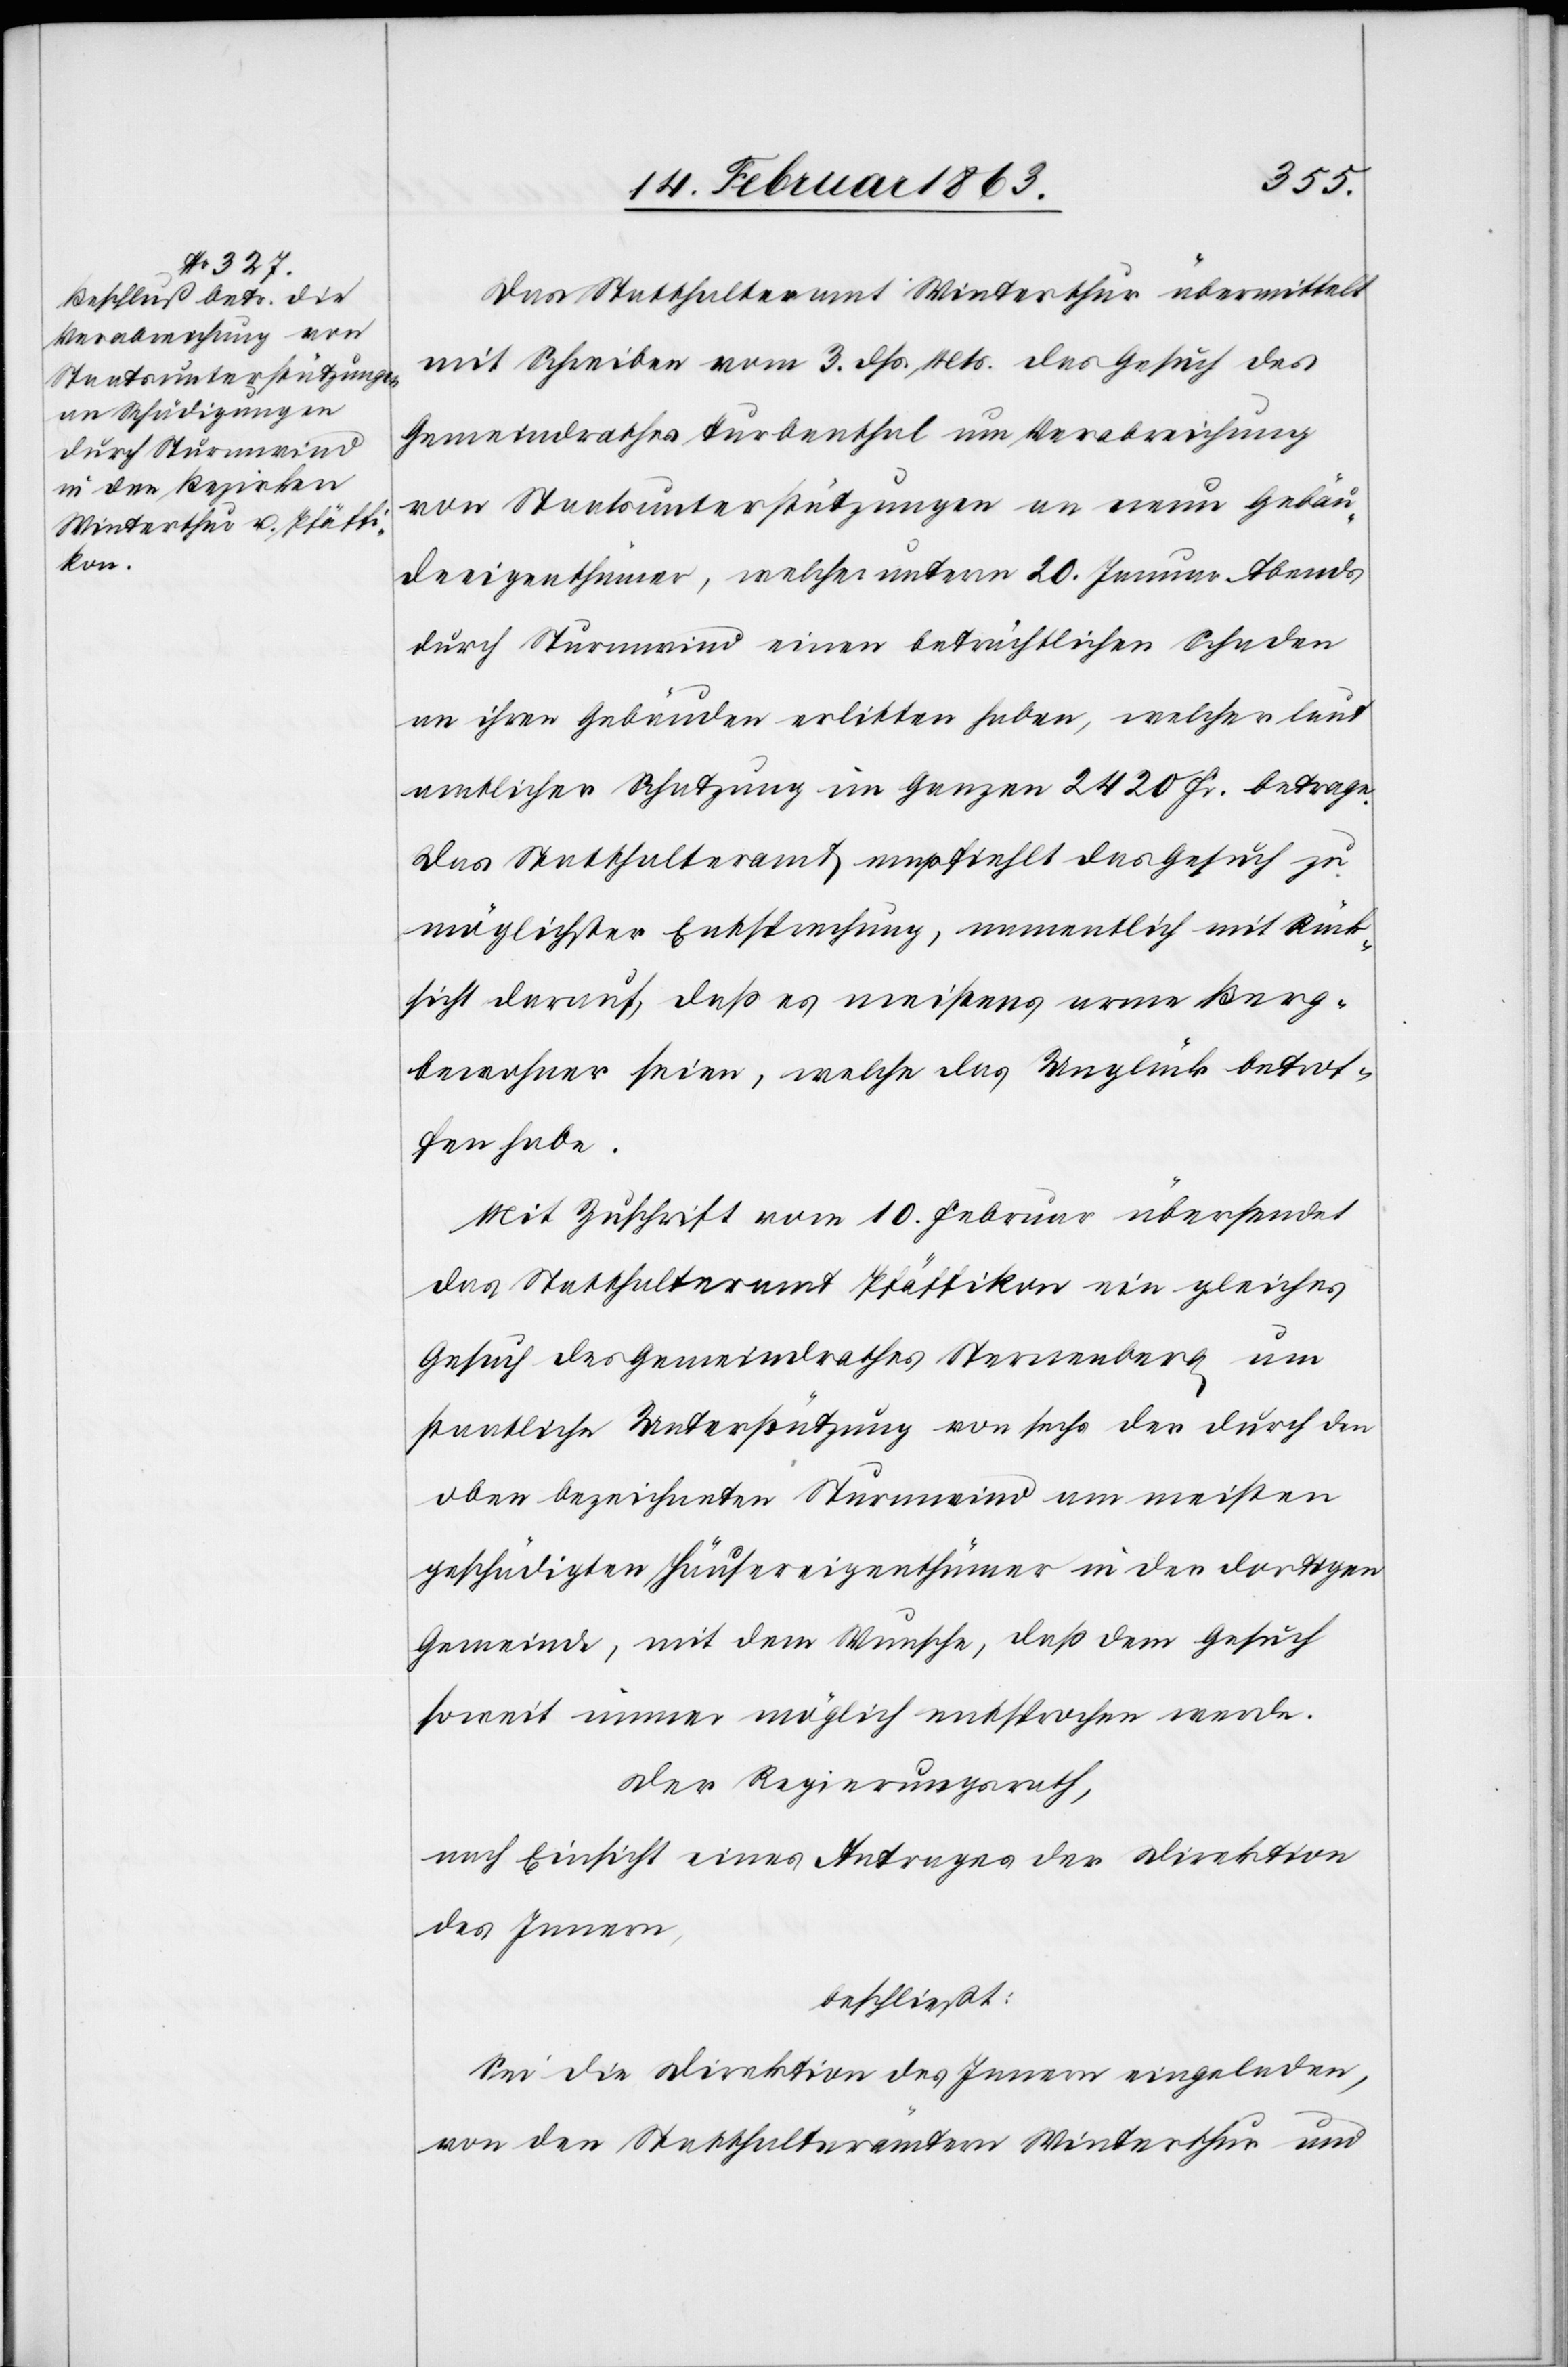
Das Statthalteramt Winterthur übermittelt
mit Schreiben vom 3. dß. Mts. das Gesuch des
Gemeindrathes Turbenthal um Verabreichung
von Staatsunterstützungen an neun Gebäu¬
deeigenthümer, welche unterm 20. Januar Abends
durch Sturmwind einen beträchtlichen Schaden
an ihren Gebäuden erlitten haben, welcher laut
amtlicher Schatzung im Ganzen 2420 Fr. betrage.
Das Statthalteramt empfiehlt das Gesuch zu
möglichster Entsprechung, namentlich mit Rück¬
sicht darauf, daß es meistens arme Berg¬
bewohner seien, welche das Unglück betrof¬
fen habe.
Mit Zuschrift vom 10. Februar übersendet
das Statthalteramt Pfäffikon ein gleiches
Gesuch des Gemeindrathes Sternenberg um
staatliche Unterstützung an sechs der durch den
oben bezeichneten Sturmwind am meisten
geschädigten Häusereigenthümer in der dortigen
Gemeinde, mit dem Wunsche, daß dem Gesuch
soweit immer möglich entsprochen werde.
Der Regierungsrath,
nach Einsicht eines Antrages der Direktion
des Innern,
beschließt:
Sei die Direktion des Innern eingeladen,
von den Statthalterämtern Winterthur und